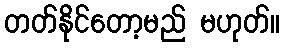
တတ်နိုင်တော့မည် မဟုတ်။